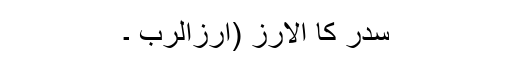
سدر کا الارز (ارزالرب ۔